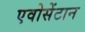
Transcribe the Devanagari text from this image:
एवोसेंटान